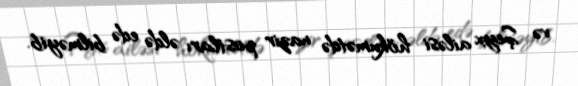
və Şeyx ailəsi hökumətdə nazir postları əldə edə bilməyib.